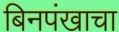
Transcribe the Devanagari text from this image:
बिनपंखाचा